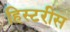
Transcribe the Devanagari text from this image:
हिस्टरीस